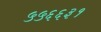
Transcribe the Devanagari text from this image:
५५६६३१